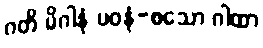
ဂတိ မိဂါနံ ပဝနံ-စသော ဂါထာ